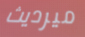
ميرديث